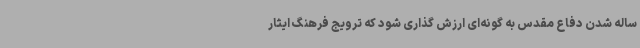
ساله شدن دفاع مقدس به گونه‌ای ارزش گذاری شود که ترویج فرهنگ ایثار